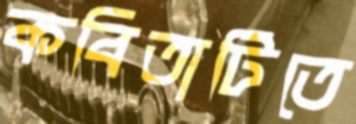
কবিতাটিতে